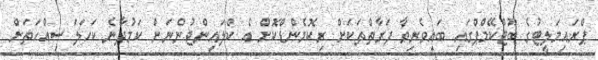
ޕްރައިމަލީޓުގެ ބޫޓްކޭމްޕްގައި ބައިވެރިވާ ފަރާތްތަކަށް ރިކޮމެންޑްކޮށް އެ ކްލައިންޓުންނަށް ކަމުދާނެ ކަހަލަ ސިއްހަތަށް